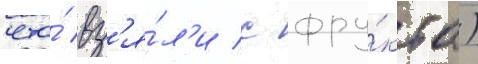
что́ вз'я́л'и с фру́кта)